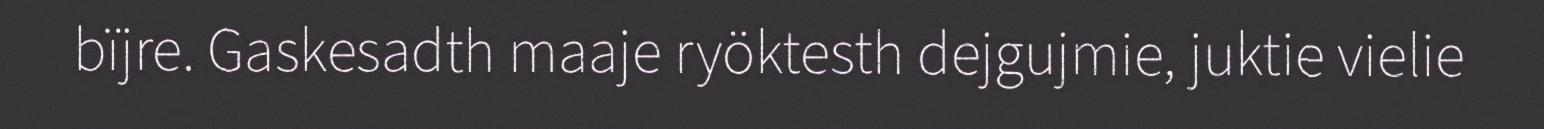
bïjre. Gaskesadth maaje ryöktesth dejgujmie, juktie vielie